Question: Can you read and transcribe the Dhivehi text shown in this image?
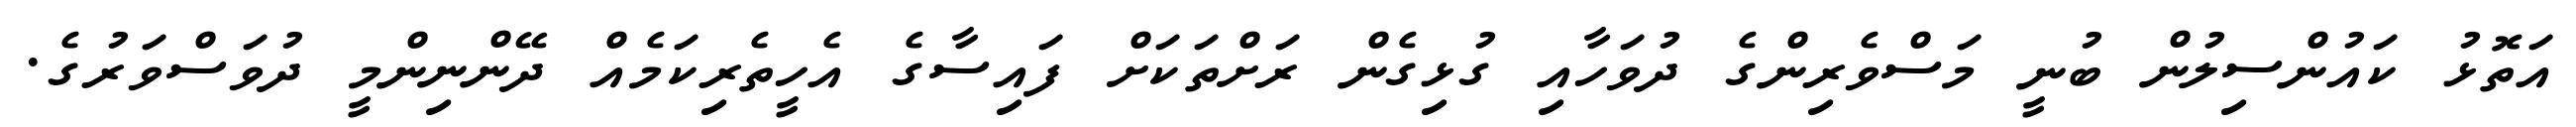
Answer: އަތޮޅު ކައުންސިލުން ބުނީ މަސްވެރިންގެ ދުވަހާއި ގުޅިގެން ރަށްތަކަށް ފައިސާގެ އެހީތެރިކަމެއް ދޭންނިންމީ ދުވަސްވަރުގެ.